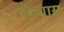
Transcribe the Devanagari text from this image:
वेल्यास